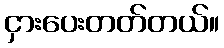
ငှားပေးတတ်တယ်။